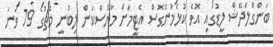
ބަންގްލަދޭޝް ލީޑުގައި އޮވެ ކުޅެމުންގޮސް އެޓީމަށް މާޔޫސްކަން ލިބުނީ މެޗުގެ 79 ވަނަ